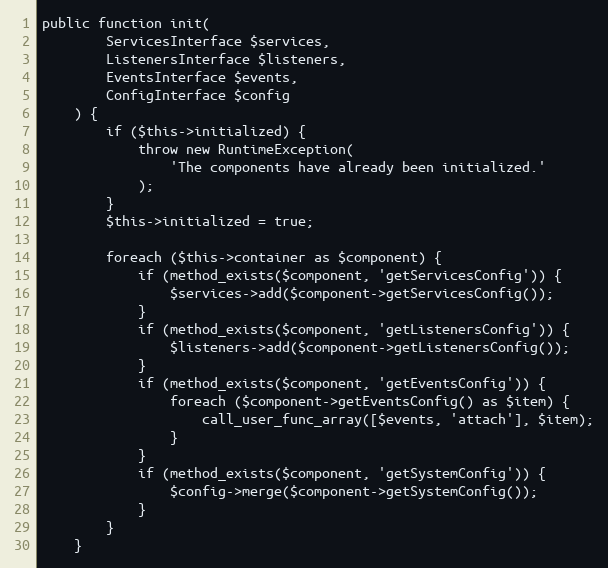
Language: PHP
public function init(
        ServicesInterface $services,
        ListenersInterface $listeners,
        EventsInterface $events,
        ConfigInterface $config
    ) {
        if ($this->initialized) {
            throw new RuntimeException(
                'The components have already been initialized.'
            );
        }
        $this->initialized = true;

        foreach ($this->container as $component) {
            if (method_exists($component, 'getServicesConfig')) {
                $services->add($component->getServicesConfig());
            }
            if (method_exists($component, 'getListenersConfig')) {
                $listeners->add($component->getListenersConfig());
            }
            if (method_exists($component, 'getEventsConfig')) {
                foreach ($component->getEventsConfig() as $item) {
                    call_user_func_array([$events, 'attach'], $item);
                }
            }
            if (method_exists($component, 'getSystemConfig')) {
                $config->merge($component->getSystemConfig());
            }
        }
    }